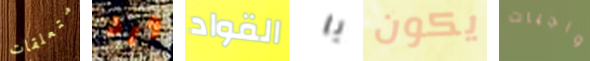
متعلقات ورد القواد يا يكون واجبات